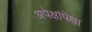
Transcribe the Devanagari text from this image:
अपेक्षांपेक्षा